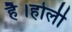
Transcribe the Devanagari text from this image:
है।होली